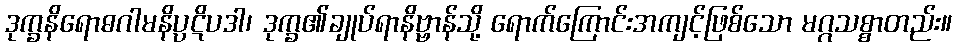
ဒုက္ခနိရောဓဂါမနိပ္ပဋိပဒါ၊ ဒုက္ခ၏ချုပ်ရာနိဗ္ဗာန်သို့ ရောက်ကြောင်းအကျင့်ဖြစ်သော မဂ္ဂသစ္စာတည်း။